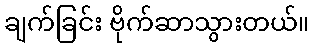
ချက်ခြင်း ဗိုက်ဆာသွားတယ်။